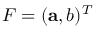
F = ( { \mathbf { a } } , b ) ^ { T }